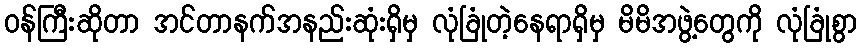
ဝန်ကြီးဆိုတာ အင်တာနက်အနည်းဆုံးရှိမှ လုံခြုံတဲ့နေရာရှိမှ မိမိအဖွဲ့တွေကို လုံခြုံစွာ